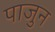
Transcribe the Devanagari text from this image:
पाजुन